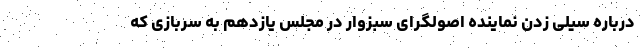
درباره سیلی زدن نماینده اصولگرای سبزوار در مجلس یازدهم به سربازی که